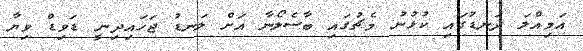
އަމިއްލަ ދަނޑުގައި ކުޅުނު މެޗުގައި ބާސެލޯނާ އަށް ލަނޑު ޖަހައިދިނީ ޑަވިޑް ވިޔާ